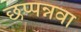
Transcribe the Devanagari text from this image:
छप्पन्नवा